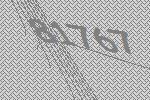
81767